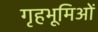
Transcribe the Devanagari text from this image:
गृहभूमिओं